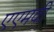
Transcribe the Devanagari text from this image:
एएमवी